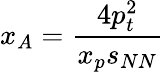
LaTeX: x_{A}={\frac{4p_{t}^{2}}{x_{p}s_{NN}}}